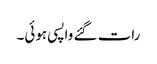
رات گئے واپسی ہوئی۔